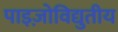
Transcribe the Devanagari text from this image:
पाइज़ोविद्युतीय